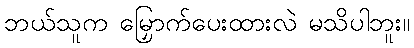
ဘယ်သူက မြှောက်ပေးထားလဲ မသိပါဘူး။